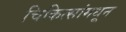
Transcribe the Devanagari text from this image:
चिकित्सांमधून